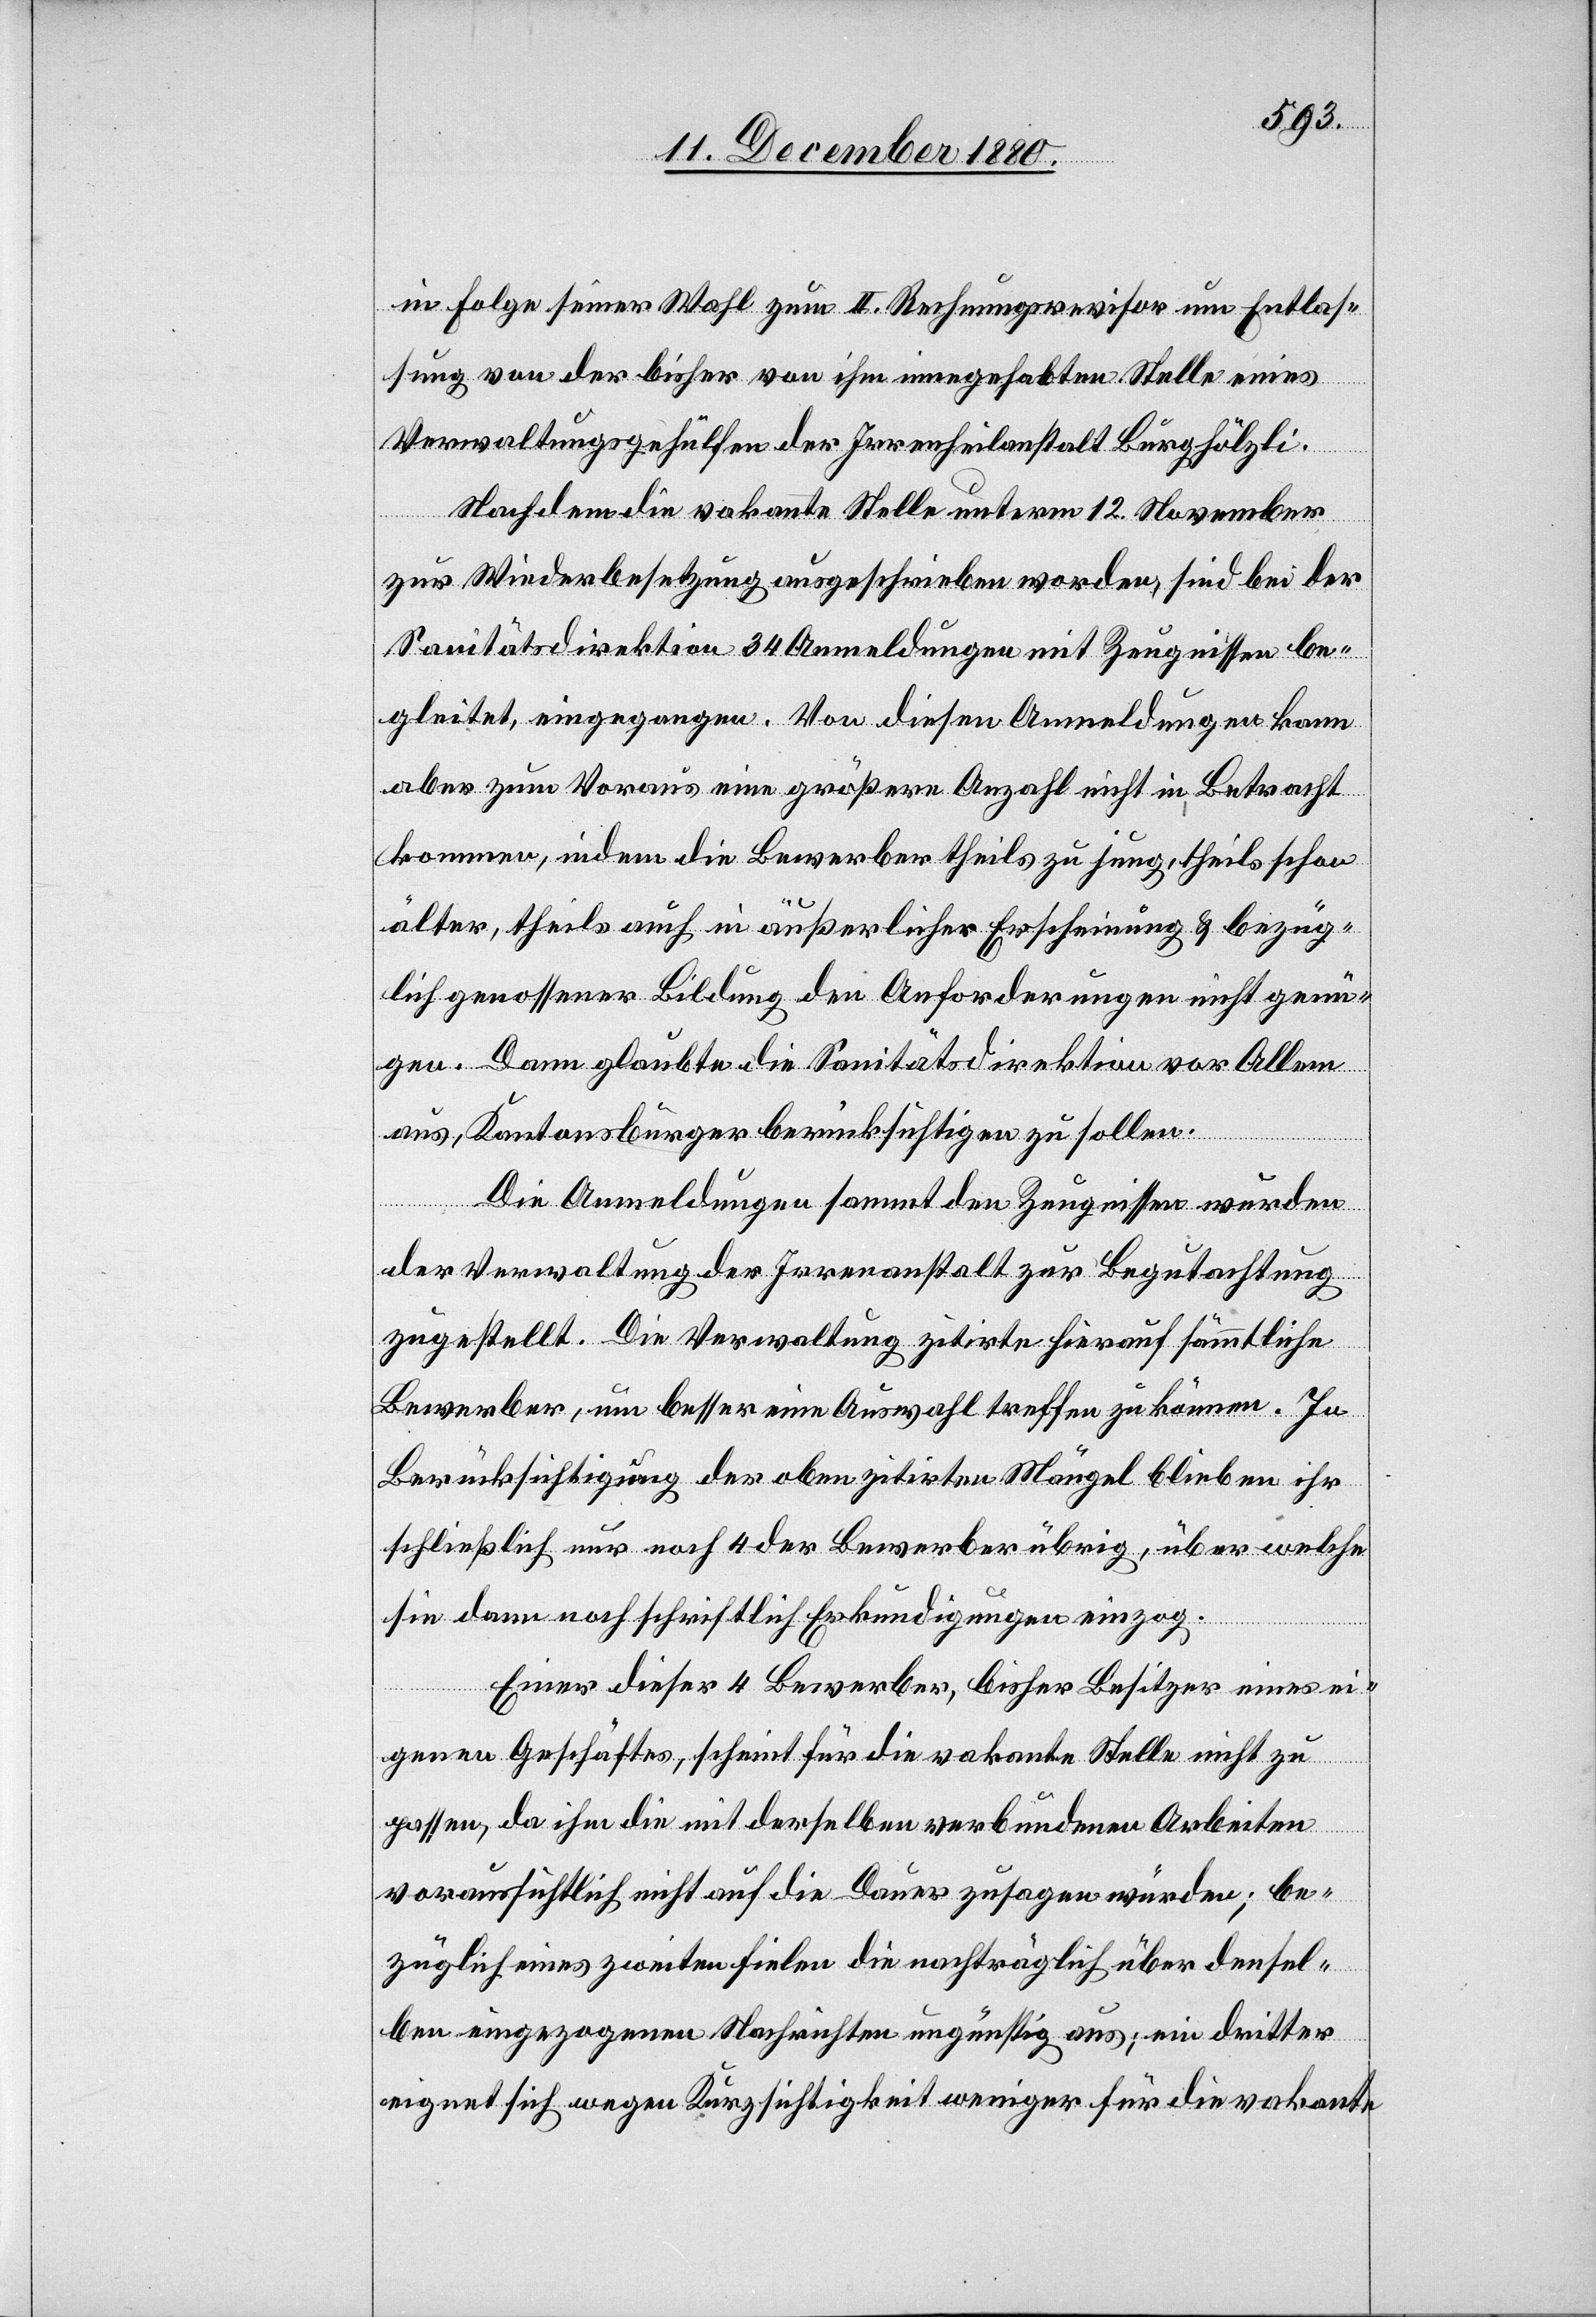
in Folge seiner Wahl zum II. Rechnungsrevisor um Entlas¬
sung von der bisher von ihm innegehabten Stelle eines
Verwaltungsgehülfen der Irrenheilanstalt Burghölzli.
Nachdem die vakante Stelle unterm 12. November
zur Wiederbesetzung ausgeschrieben worden, sind bei der
Sanitätsdirektion 34 Anmeldungen mit Zeugnissen be¬
gleitet, eingegangen. Von diesen Anmeldungen kann
aber zum Voraus eine größere Anzahl nicht in Betracht
kommen, indem die Bewerber theils zu jung, theils schon
älter, theils auch in äußerlicher Erscheinung & bezüg¬
lich genossener Bildung den Anforderungen nicht genü¬
gen. Dann glaubte die Sanitätsdirektion vor Allem
aus, Kantonsbürger berücksichtigen zu sollen.
Die Anmeldungen sammt den Zeugnissen wurden
der Verwaltung der Irrenanstalt zur Begutachtung
zugestellt. Die Verwaltung zitirte hierauf sämmtliche
Bewerber, um besser eine Auswahl treffen zu können. In
Berücksichtigung der oben zitirten Mängel blieben ihr
schließlich nur noch 4 der Bewerber übrig, über welche
sie dann noch schriftlich Erkundigungen einzog.
Einer dieser 4 Bewerber, bisher Besitzer eines ei¬
genen Geschäftes, scheint für die vakante Stelle nicht zu
passen, da ihm die mit derselben verbundenen Arbeiten
voraussichtlich nicht auf die Dauer zusagen würde; be¬
züglich eines zweiten fielen die nachträglich über densel¬
ben eingezogenen Nachrichten ungünstig aus; ein dritter
eignet sich wegen Kurzsichtigkeit weniger für die vakante